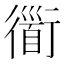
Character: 衟